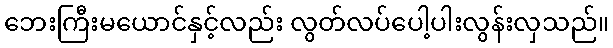
ဘေးကြီးမယောင်နှင့်လည်း လွတ်လပ်ပေါ့ပါးလွန်းလှသည်။